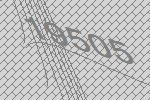
19505